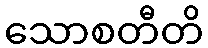
သောစတီတိ